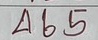
465